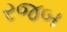
રજબ